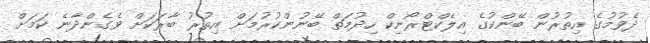
ދެވުމުގެ އިތުރުން ބޭންކުގެ އިލެކްޓްރޯނިކް ހިދުމަތް ބޭނުންކުރުމަށް އިތުރު ބާރަކަށް ވެގެންދާނެ ކަމަށް